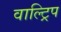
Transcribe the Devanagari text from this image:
वाल्ट्रिप